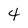
Character: 4